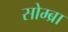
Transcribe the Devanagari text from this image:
सोम्ब्रा